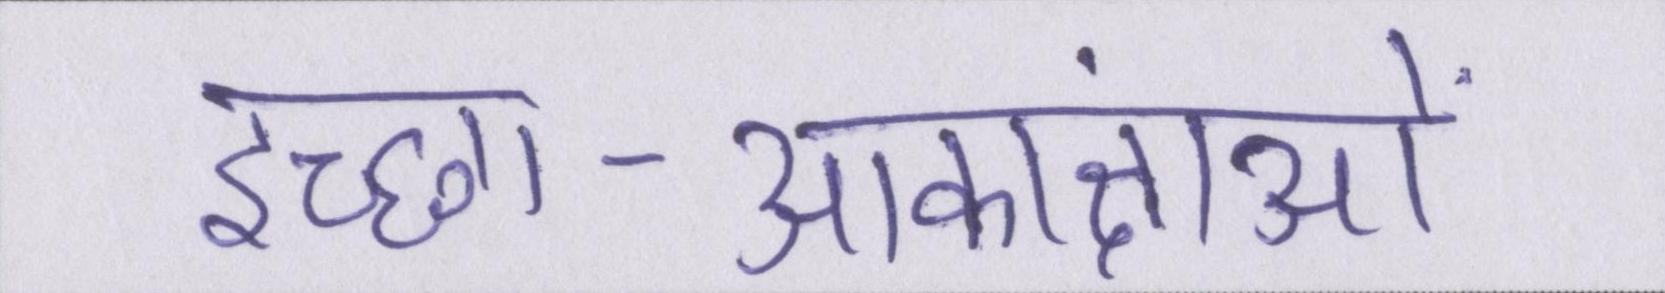
इच्छा-आकांक्षाओं